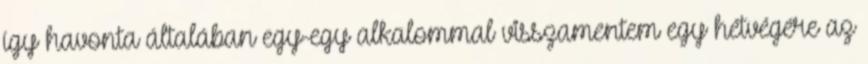
így havonta általában egy-egy alkalommal visszamentem egy hétvégére az